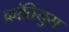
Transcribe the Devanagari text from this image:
क्रांतियुग